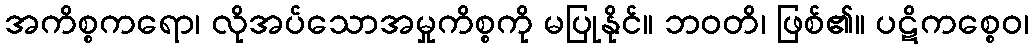
အကိစ္စကရော၊ လိုအပ်သောအမှုကိစ္စကို မပြုနိုင်။ ဘဝတိ၊ ဖြစ်၏။ ပဋိကစ္စေဝ၊